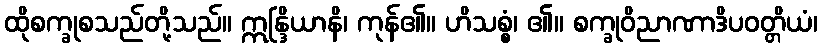
ထိုစက္ခုစသည်တို့သည်။ ဣန္ဒြိယာနိ၊ ကုန်၏။ ဟိသစ္စံ၊ ၏။ စက္ခုဝိညာဏာဒိပဝတ္တိယံ၊